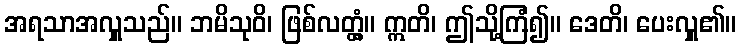
အရသာအလှူသည်။ ဘမိသုဝိ၊ ဖြစ်လတ္တံ့။ ဣတိ၊ ဤသို့ကြံ၍။ ဒေတိ၊ ပေးလှူ၏။